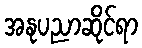
အနုပညာဆိုင်ရာ